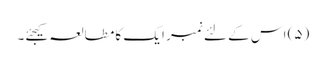
(۵) اس کے لئے نمبر ایک کا مطالعہ کیجئے۔